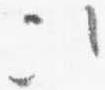
次